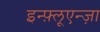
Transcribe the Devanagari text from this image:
इन्फ़्लूएन्ज़ा